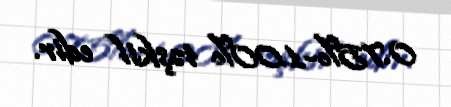
0.75%-1.00% təşkil edir.